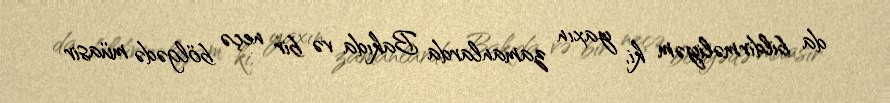
da bildirməliyəm ki, yaxın zamanlarda Bakıda və bir neçə bölgədə müasir